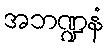
အဘဏ္ဍနံ